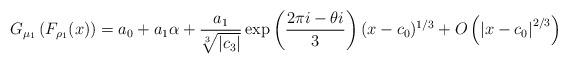
LaTeX: \begin{align*}G_{\mu_{1}}\left(F_{\rho_{1}}(x)\right)=a_{0}+a_{1}\alpha+\frac{a_{1}}{\sqrt[3]{\left|c_{3}\right|}}\exp\left(\frac{2\pi i-\theta i}{3}\right)(x-c_{0})^{1/3}+O\left(\left|x-c_{0}\right|^{2/3}\right)\end{align*}